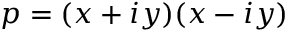
p = ( x + i y ) ( x - i y )